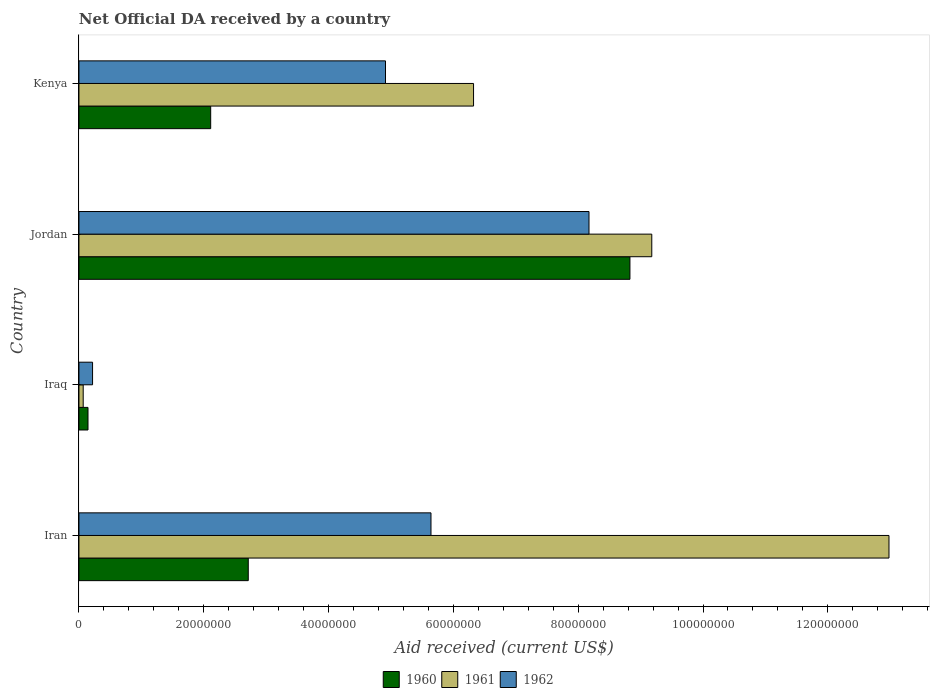
| Country | 1960 | 1961 | 1962 |
 | --- | --- | --- | --- |
 | Iran | 2.71e+07 | 1.3e+08 | 5.64e+07 |
 | Iraq | 1.45e+06 | 6.8e+05 | 2.18e+06 |
 | Jordan | 8.83e+07 | 9.18e+07 | 8.17e+07 |
 | Kenya | 2.11e+07 | 6.32e+07 | 4.91e+07 |